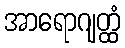
အာရောဂျတ္ထံ